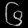
Digit: ၆